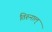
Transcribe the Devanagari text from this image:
तिरुनाल्